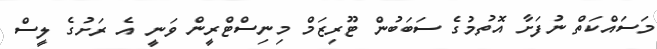
މަސައްކަތް ނުފަށާ އޮތުމުގެ ސަބަބުން ޓޫރިޒަމް މިނިސްޓްރީން ވަނީ އެ ރަށުގެ ލީސް